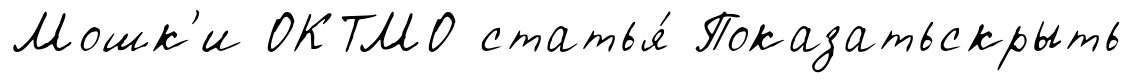
Мошк'и ОКТМО статья́ Показатьскрыть